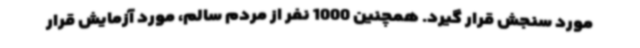
مورد سنجش قرار گیرد. همچنین 1000 نفر از مردم سالم، مورد آزمایش قرار